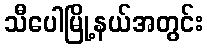
သီပေါမြို့နယ်အတွင်း